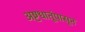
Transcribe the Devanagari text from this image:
अष्टधातूंपासून